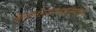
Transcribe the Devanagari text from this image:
कॅस्टनोस्परमाइनमध्ये